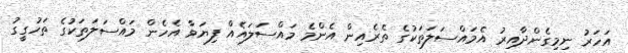
އަހަރު ނިމިގެންދާއިރު އެމައްސަލަތަކުގެ ތެރެއިން އެންމެ މައްސަލައެއް ފިޔަވާ އެހެން މައްސަލަތަކުގެ ތަހުގީގު